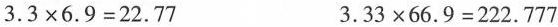
3.3×6.9=22.77 3.33×66.9=222.777